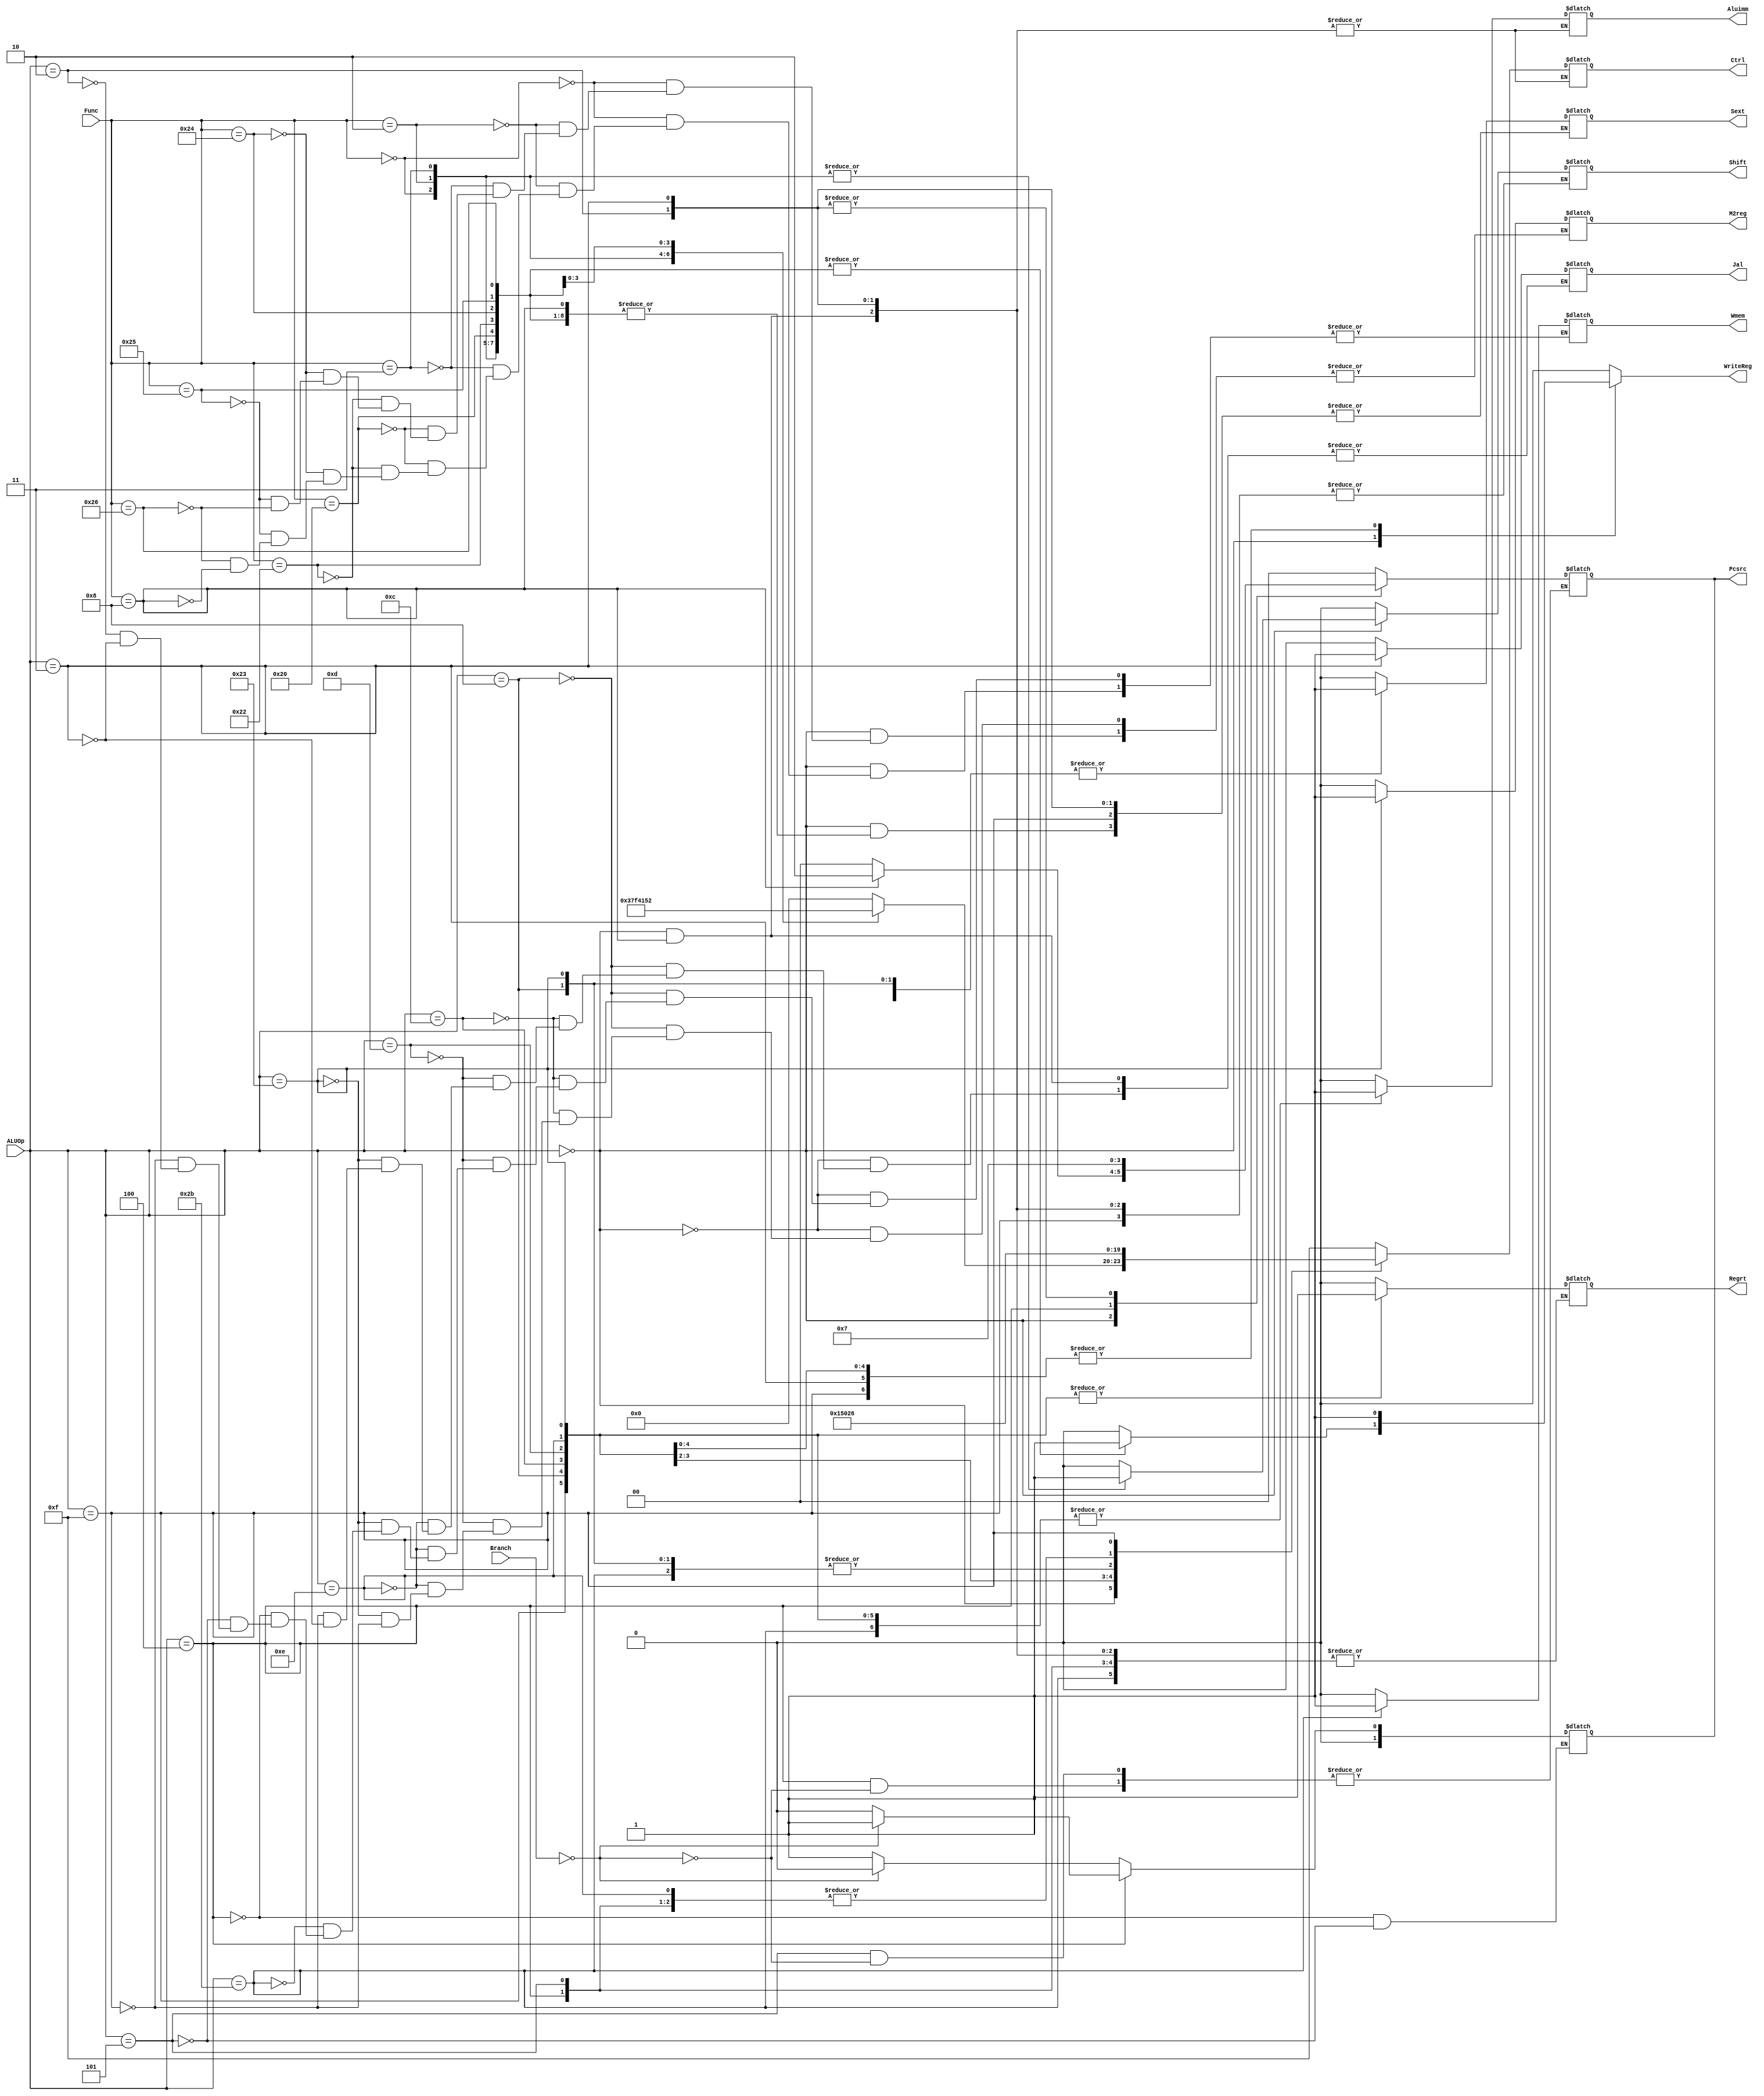
`timescale 1ns / 1ps
//////////////////////////////////////////////////////////////////////////////////
// Company: CMPEN 331
// 
// Design Name: 
// Module Name: ALUCtrl
// Project Name: 
// Target Devices: 
// Tool Versions: 
// Description: 
// 
// Dependencies: 
// 
// Revision:
// Revision 0.01 - File Created
// Additional Comments:
// 
//////////////////////////////////////////////////////////////////////////////////


module ALUCtrl(ALUOp, Func, Pcsrc, Ctrl, WriteReg, Shift, Regrt, Sext, Aluimm, M2reg, Wmem, Branch, Jal);

input [5:0] ALUOp;
input [5:0] Func;
input [31:0] Branch;
output reg [3:0] Ctrl;
output reg [1:0] Pcsrc;
output reg WriteReg, Shift, Regrt, Sext, Aluimm, M2reg, Wmem, Jal;

always @(ALUOp, Func)
begin
    case(ALUOp)
        6'b000000: begin
            case(Func)
                6'b000000:  begin
                        Ctrl <= 3; //sll
                        Pcsrc <= 2'b00;
                        WriteReg <= 1;
                        Shift <= 1;
                        Regrt <= 0;
                        Aluimm <= 0;
                        M2reg <= 0;
                        Wmem <= 0;
                        Jal <= 0;
                    end
                6'b000010:  begin
                        Ctrl <= 7; //srl
                        Pcsrc <= 2'b00;
                        WriteReg <= 1;
                        Shift <= 1;
                        Regrt <= 0;
                        Aluimm <= 0;
                        M2reg <= 0;
                        Wmem <= 0;
                        Jal <= 0;
                    end
                6'b000011:  begin
                        Ctrl <= 15; //sra
                        Pcsrc <= 2'b00;
                        WriteReg <= 1;
                        Shift <= 1;
                        Regrt <= 0;
                        Aluimm <= 0;
                        M2reg <= 0;
                        Wmem <= 0;
                        Jal <= 0;
                    end
                6'b100000: begin
                        Ctrl <= 0; //add
                        Pcsrc <= 2'b00;
                        WriteReg <= 1;
                        Shift <= 0;
                        Regrt <= 0;
                        Aluimm <= 0;
                        M2reg <= 0;
                        Wmem <= 0;
                        Jal <= 0;
                    end
                6'b100010: begin
                        Ctrl <= 4; //sub
                        Pcsrc <= 2'b00;
                        WriteReg <= 1;
                        Shift <= 0;
                        Regrt <= 0;
                        Aluimm <= 0;
                        M2reg <= 0;
                        Wmem <= 0;
                        Jal <= 0;
                    end
                6'b100100: begin
                        Ctrl <= 1; //and
                        Pcsrc <= 2'b00;
                        WriteReg <= 1;
                        Shift <= 0;
                        Regrt <= 0;
                        Aluimm <= 0;
                        M2reg <= 0;
                        Wmem <= 0;
                        Jal <= 0;
                    end
                6'b100101: begin
                        Ctrl <= 5; //or
                        Pcsrc <= 2'b00;
                        WriteReg <= 1;
                        Shift <= 0;
                        Regrt <= 0;
                        Aluimm <= 0;
                        M2reg <= 0;
                        Wmem <= 0;
                        Jal <= 0;
                    end
                6'b100110: begin
                        Ctrl <= 2; //xor
                        Pcsrc <= 2'b00;
                        WriteReg <= 1;
                        Shift <= 0;
                        Regrt <= 0;
                        Aluimm <= 0;
                        M2reg <= 0;
                        Wmem <= 0;
                        Jal <= 0;
                    end
                6'b001000: begin
                        WriteReg <= 0; //jr
                        Wmem <= 0;
                        Pcsrc <= 2'b10;
                    end
                default: begin
                        Ctrl <= 0; //won't happen
                        Shift <= 0;
                        Pcsrc <= 2'b00;
                        WriteReg <= 0;
                        Regrt <= 0;
                        Sext <= 0;
                        Aluimm <= 0;
                        Jal <= 0;
                    end
            endcase
        end
        6'b001000: begin //addi
            Ctrl <= 0;
            Pcsrc <= 2'b00;
            WriteReg <= 1;
            Shift <= 0;
            Regrt <= 1;
            Aluimm <= 1;
            M2reg <= 0;
            Wmem <= 0;
            Sext <= 1;
            Jal <= 0;
        end
        6'b001100: begin //andi
            Ctrl <= 1;
            Pcsrc <= 2'b00;
            WriteReg <= 1;
            Shift <= 0;
            Regrt <= 1;
            Aluimm <= 1;
            M2reg <= 0;
            Wmem <= 0;
            Sext <= 0;
            Jal <= 0;
        end
        6'b001101: begin //ori
            Ctrl <= 5;
            Pcsrc <= 2'b00;
            WriteReg <= 1;
            Shift <= 0;
            Regrt <= 1;
            Aluimm <= 1;
            M2reg <= 0;
            Wmem <= 0;
            Sext <= 0;
            Jal <= 0;
        end
        6'b001110: begin //xori
            Ctrl <= 2;
            Pcsrc <= 2'b00;
            WriteReg <= 1;
            Shift <= 0;
            Regrt <= 1;
            Aluimm <= 1;
            M2reg <= 0;
            Wmem <= 0;
            Sext <= 0;
            Jal <= 0;
        end
        6'b100011: begin //lw
            Ctrl <= 0;
            Pcsrc <= 2'b00;
            WriteReg <= 1;
            Shift <= 0;
            Regrt <= 1;
            Aluimm <= 1;
            M2reg <= 1;
            Wmem <= 0;
            Sext <= 1;
            Jal <= 0;
        end
        6'b101011: begin //sw
            Ctrl <= 0;
            Pcsrc <= 2'b00;
            WriteReg <= 0;
            Shift <= 0;
            Aluimm <= 1;
            Sext <= 1;
            Wmem <= 1;
        end
        6'b000100: begin //beq
            Ctrl <= 2;
            WriteReg <= 0;
            Shift <= 0;
            Aluimm <= 0;
            Sext <= 1;
            Wmem <= 0;
            if (Branch == 32'd0)
                Pcsrc <= 2'b01;
        end
        6'b000101: begin //bne
            Ctrl <= 2;
            WriteReg <= 0;
            Shift <= 0;
            Aluimm <= 0;
            Sext <= 1;
            Wmem <= 0;
            if (Branch == 32'd0)
                Pcsrc <= 2'b00;
        end
        6'b001111: begin //lui
            Ctrl <= 6;
            Pcsrc <= 2'b00;
            WriteReg <= 1;
            Regrt <= 1;
            M2reg <= 0;
            Aluimm <= 1;
            Wmem <= 0;
            Jal <= 0;
        end
        6'b000010: begin //j
            WriteReg <= 0;
            Wmem <= 0;
            Pcsrc <= 2'b11;
        end
        6'b000011: begin //jal
            WriteReg <= 1;
            Wmem <= 0;
            Pcsrc <= 2'b11;
            Jal <= 1;
        end
        default: begin
            Ctrl <= 15;
            Pcsrc <= 2'b00;
            WriteReg <= 0;
            Shift <= 0;
            Regrt <= 0;
            Sext <= 0;
            Aluimm <= 0;
        end
    endcase
end

always @(Branch)
begin
    if (ALUOp == 6'b000100)
    begin
        if (Branch == 32'd0)
            Pcsrc <= 2'b01;
        else
            Pcsrc <= 2'b00;
    end
    else if (ALUOp == 6'b000101)
    begin
        if (Branch == 32'd0)
            Pcsrc <= 2'b00;
        else
            Pcsrc <= 2'b01;
    end
end
endmodule